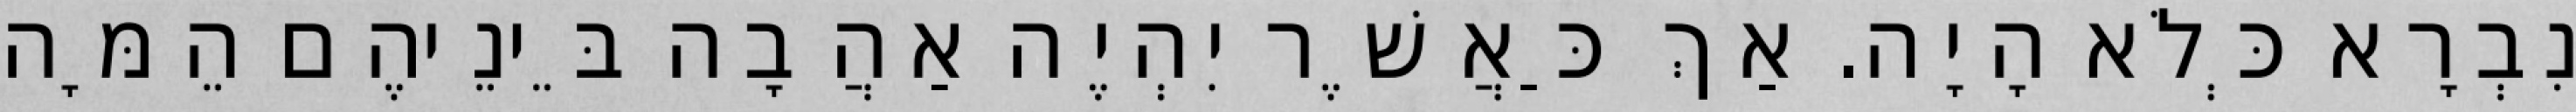
נִבְרָא כְּלֹא הָיָה. אַךְ כַּאֲשֶׁר יִהְיֶה אַהֲבָה בֵּינֵיהֶם הֵמָּה